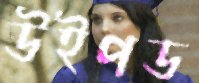
উইপড